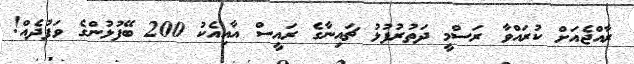
ރާއްޖެއަށް ކުރައްވާ ރަސްމީ ދަތުރުފުޅު ޗައިނާގެ ރައީސް އާއިއެކު 200 ބޭފުޅުންގެ ވަފުދެއް!